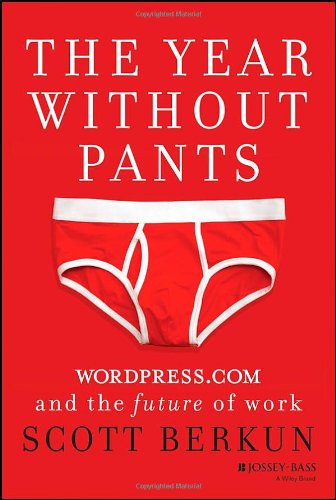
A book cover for The Year Without Pants: WordPress.com and the Future of Work; Scott Berkun; Computers & Technology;